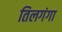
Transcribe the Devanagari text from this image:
तिलगंगा